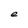
Character: e